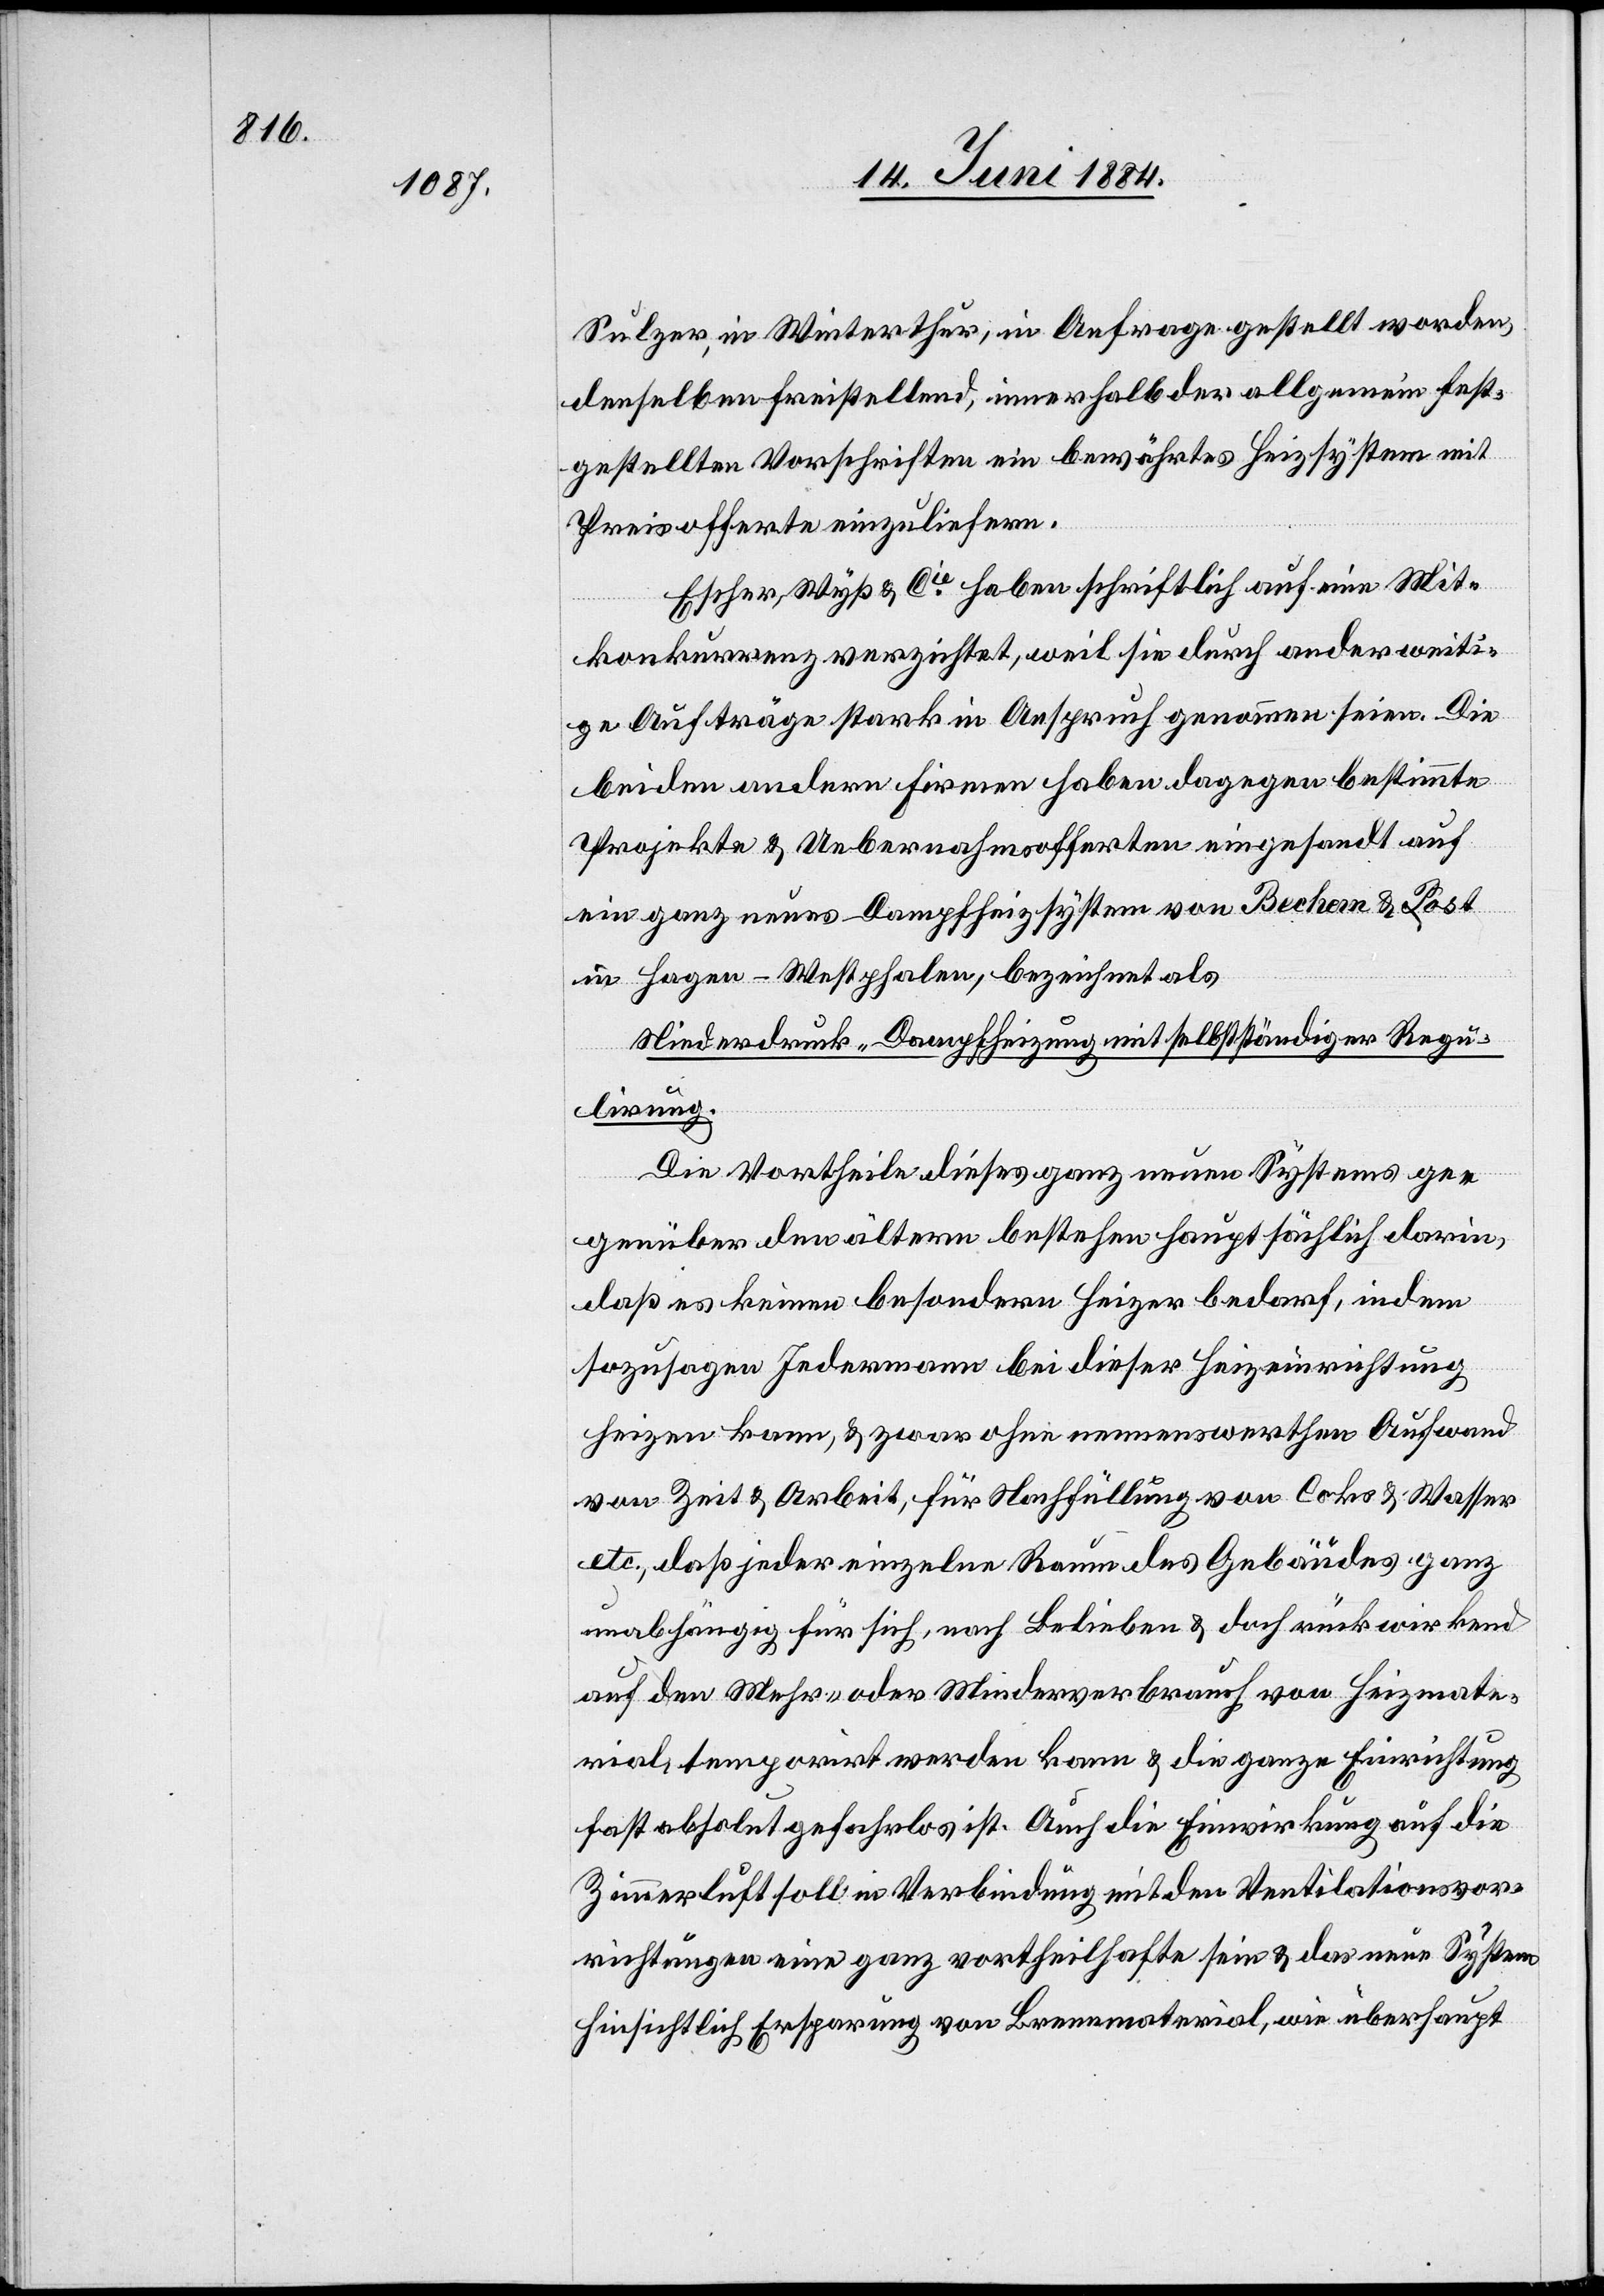
Sulzer, in Winterthur, in Anfrage gestellt worden,
denselben friststellend, innerhalb der allgemeinen fest¬
gestellten Vorschriften ein bewährtes Heizsystem mit
Preisofferte einzuliefern.
Escher, Wyß & Cie haben schriftlich auf eine Mit¬
konkurrenz verzichtet, weil sie durch anderweiti¬
ge Aufträge stark in Anspruch genommen seien. Die
beiden andern Firmen haben dagegen bestimmte
Projekte & Uebernahmsofferten eingesandt auf
ein ganz neues Dampfheizsystem von Bechem & Post
in Hagen - Westphalen, bezeichnet als
Niederdruck-Dampfheizung mit selbstständiger Regu¬
lirung.
Die Vortheile dieses ganz neuen Systems ge¬
genüber den ältern bestehen hauptsächlich darin,
daß es keinen besondern Heizer bedarf, indem
sozusagen Jedermann bei dieser Heizeinrichtung
heizen kann, & zwar ohne nennenswerthen Aufwand
von Zeit & Arbeit, für Nachfüllung von Coks & Wasser
etc., daß jeder einzelne Raum des Gebäudes ganz
unabhängig für sich, nach Belieben & doch rückwirkend
auf den Mehr- oder Minderverbrauch von Heizmate¬
rial, temporirt werden kann & die ganze Einrichtung
fast absolut gefahrlos ist. Auch die Einwirkung auf die
Zimmerluft soll in Verbindung mit den Ventilationsvor¬
richtungen eine ganz vortheilhafte sein & das neue System
hinsichtlich Ersparung von Brennmaterial, wie überhaupt